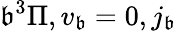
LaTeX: \mathfrak{b}^{3}\Pi,v_{\mathfrak{b}}=0,j_{\mathfrak{b}}